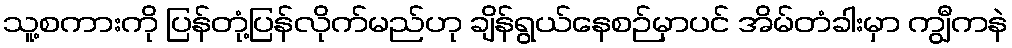
သူ့စကားကို ပြန်တုံ့ပြန်လိုက်မည်ဟု ချိန်ရွယ်နေစဉ်မှာပင် အိမ်တံခါးမှာ ကျွီကနဲ